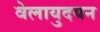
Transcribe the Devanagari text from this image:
वेलायुदयन